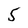
Character: 5